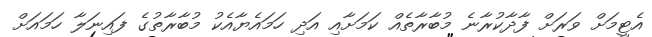
އެޓީމަށް ވަރަށް ފާދާކުރާނެ މުބާރާތެއް ކަމަށާއި އަދި ހަމައެޔާއެކު މުބާރާތުގެ ފައިނަލާ ހަމައަށް